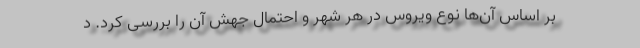
بر اساس آن‌ها نوع ویروس در هر شهر و احتمال جهش آن را بررسی کرد. د